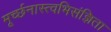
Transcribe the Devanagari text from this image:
मूर्च्छनास्त्वभिसंज्ञिता